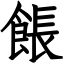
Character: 餦